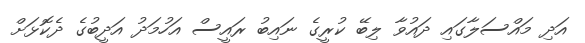
އަދި މައްސަލާގައި ދައުވާ ލިބޭ ކުރީގެ ނައިބު ރައީސް އަހުމަދު އަދީބުގެ ދެކޮޅަށް